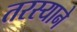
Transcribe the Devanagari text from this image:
तरस्याने